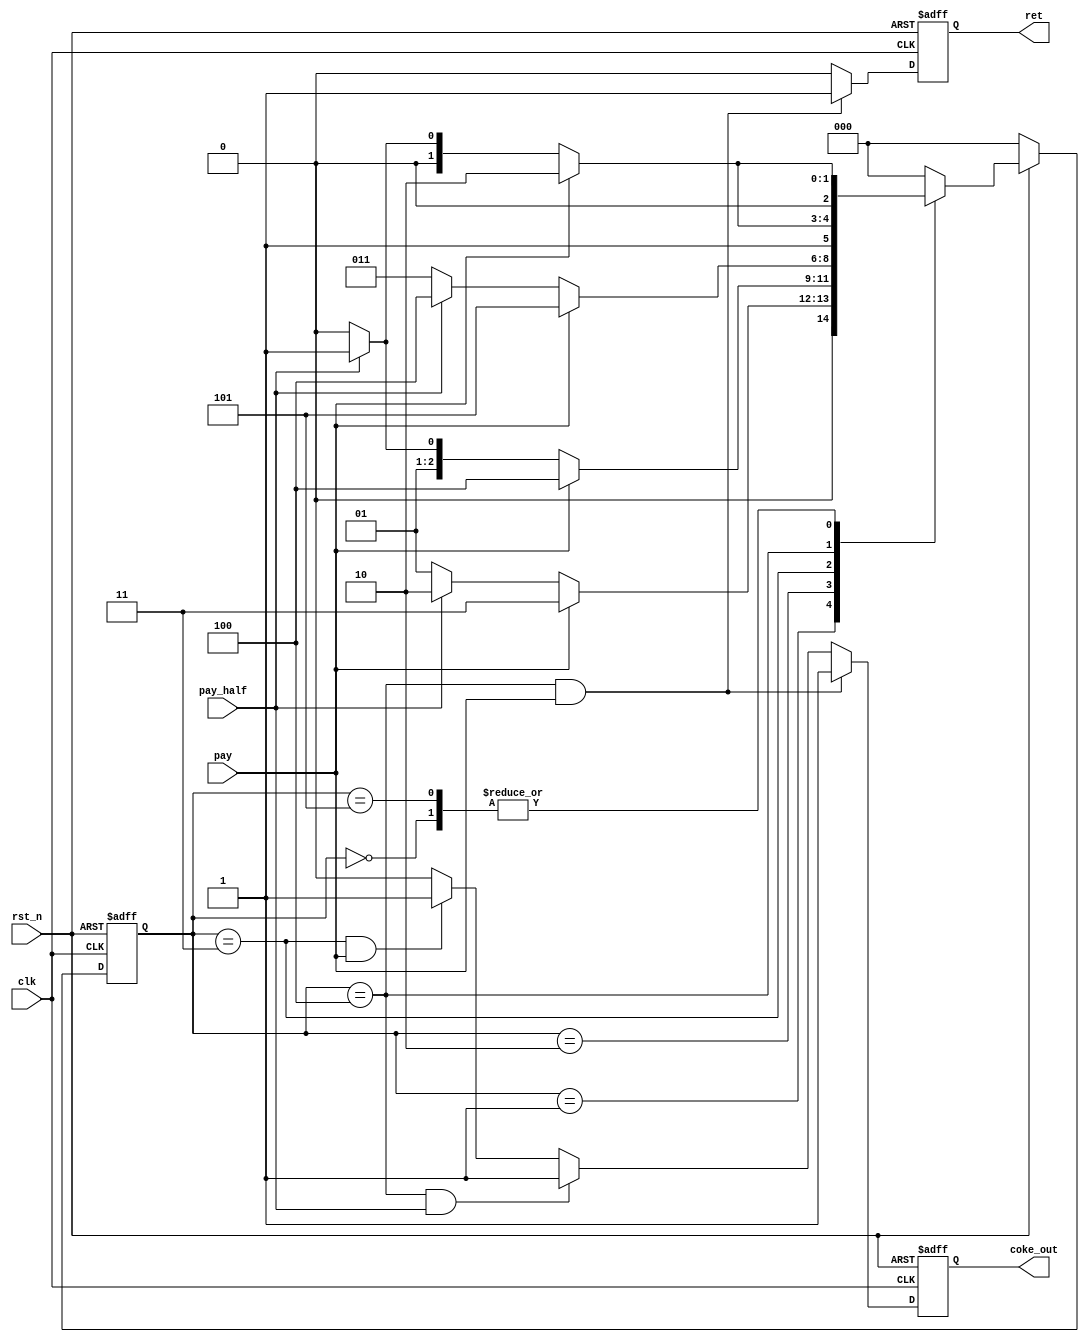
module enhance_fsm(
    input  wire clk,
    input  wire rst_n,
    input  wire pay,
    input  wire pay_half,
    output reg  ret,
    output reg  coke_out
);
    parameter S_1 = 0;
    parameter S_2 = 1;
    parameter S_3 = 2;
    parameter S_4 = 3;
    parameter S_5 = 4;
    parameter S_6 = 5;
    parameter S_7 = 6;
    // parameter S_8 = 7;

    reg[2:0] state = S_1;
    reg[2:0] n_state = S_1;

    always @(*) begin
        if (!rst_n) begin
            n_state = S_1;
        end else begin
            case (state)
                S_1: n_state = pay?S_3:pay_half?S_2:S_1;
                S_2: n_state = pay?S_4:pay_half?S_3:S_2;
                S_3: n_state = pay?S_5:pay_half?S_4:S_3;
                S_4: n_state = pay?S_6:pay_half?S_5:S_4;
                S_5: n_state = pay?S_7:pay_half?S_6:S_5;
                S_6: n_state = pay?S_3:pay_half?S_2:S_1;
                default: n_state = S_1;
            endcase
        end
    end

    always @(posedge clk or negedge rst_n) begin
        if(!rst_n) begin
            state <= S_1;
        end else begin
            state <= n_state;
        end
    end

    always @(posedge clk or negedge rst_n) begin
        if(!rst_n) begin
            coke_out <= 0;
            ret <= 0;
        end else begin
            if(state == S_5 && pay) begin
                coke_out <= 1;
                ret <= 1;
            end else if(state == S_5 && pay_half) begin
                coke_out <= 1;
                ret <= 0;
            end else if(state == S_4 && pay) begin
                coke_out <= 1;
                ret <= 0;
            end else begin
                coke_out <= 0;
                ret <= 0;
            end
        end
    end
endmodule